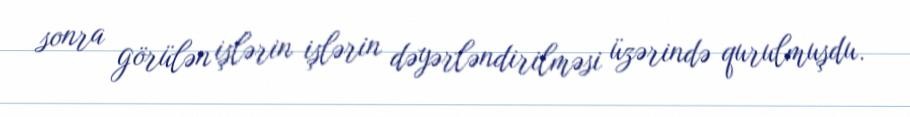
sonra görülən işlərin işlərin dəyərləndirilməsi üzərində qurulmuşdu.